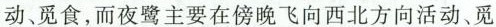
动、觅食，而夜鹭主要在傍晚飞向西北方向活动、觅